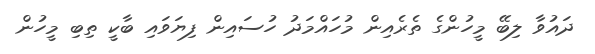
ދައުވާ ލިބޭ މީހުންގެ ތެރެއިން މުހައްމަދު ހުސައިން ފިޔަވައި ބާކީ ތިބި މީހުން